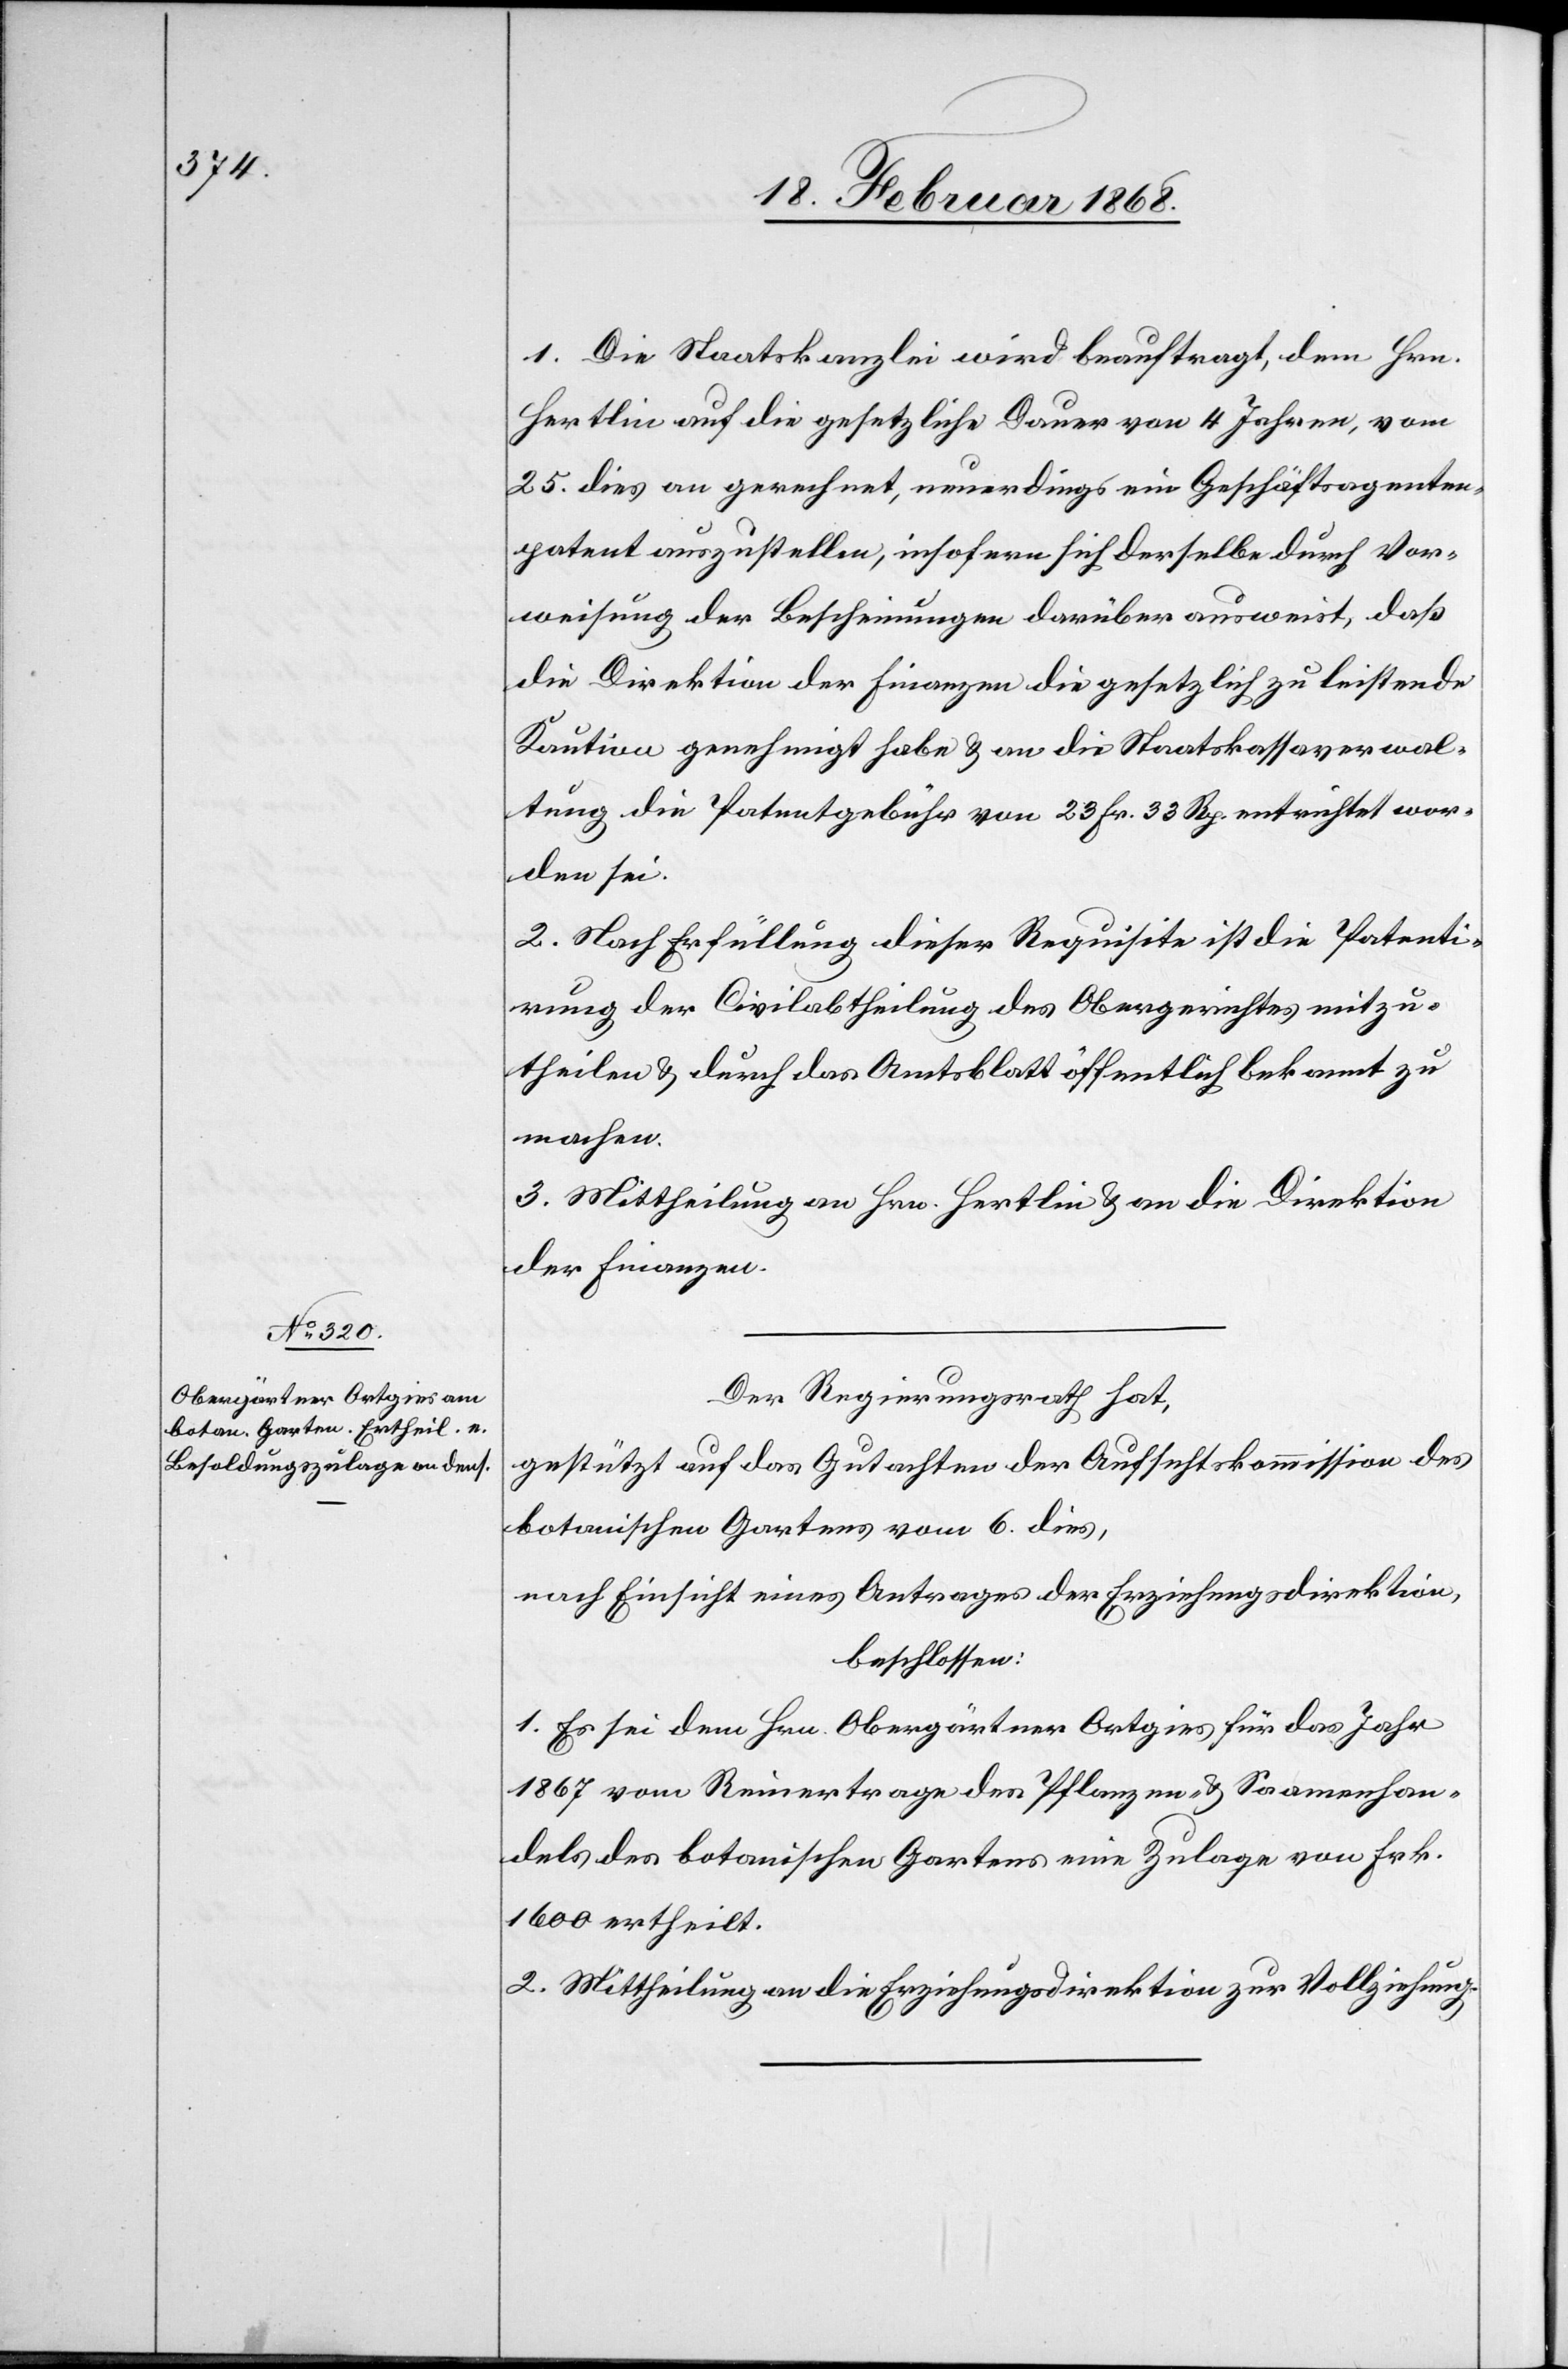
1. Die Staatskanzlei wird beauftragt, dem Hrn.
Hertlin auf die gesetzliche Dauer von 4 Jahren, vom
25. dies an gerechnet, neuerdings ein Geschäftsagenten¬
patent auszustellen, insofern sich derselbe durch Vor¬
weisung der Bescheinungen darüber ausweist, daß
die Direktion der Finanzen die gesetzlich zu leistende
Kaution genehmigt habe & an die Staatskassaverwal¬
tung die Patentgebühr von 23 Fr. 33 Rp. entrichtet wor¬
den sei.
2. Nach Erfüllung dieser Requisite ist die Patenti¬
rung der Civilabtheilung des Obergerichtes mitzu¬
theilen & durch das Amtsblatt öffentlich bekannt zu
machen.
3. Mittheilung an Hrn. Hertlin & an die Direktion
der Finanzen.
Der Regierungsrath hat,
gestützt auf das Gutachten der Aufsichtskommission des
botanischen Gartens vom 6. dies,
nach Einsicht eines Antrages der Erziehungsdirektion,
beschlossen:
1. Es sei dem Hrn. Obergärtner Ortgies für das Jahr
1867 vom Reinertrage des Pflanzen- & Saamenhan¬
dels des botanischen Gartens eine Zulage von Frk.
1600 ertheilt.
2. Mittheilung an die Erziehungsdirektion zur Vollziehung.